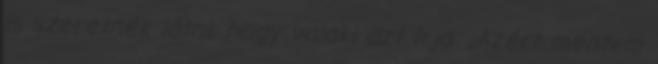
is szeretnék látni, hogy valaki azt írja: „Azért mentem